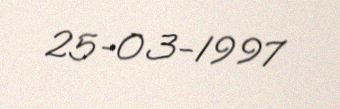
25-03-1997